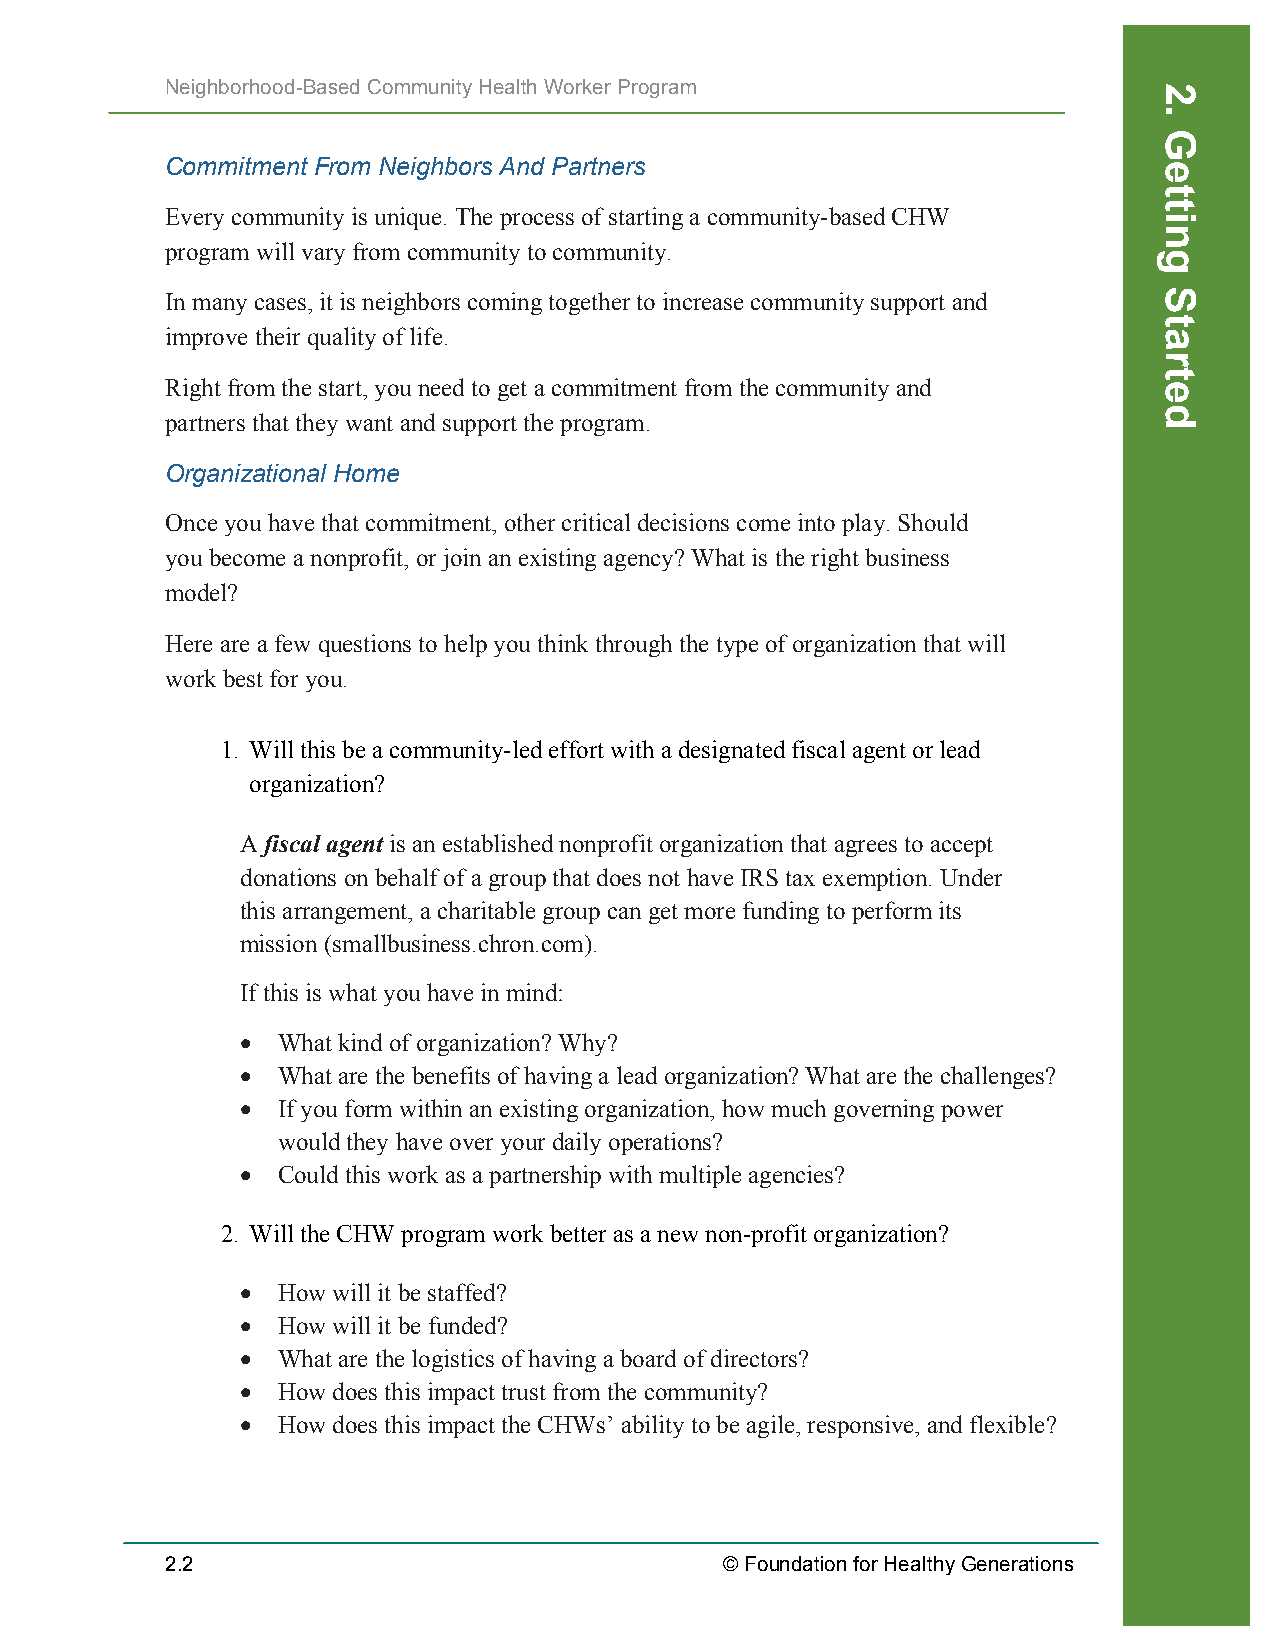
Neighborhood-Based Community Health Worker Program
 Commitment From Neighbors And Partners
 Every community is unique. The process of starting a community-based CHW
 program will vary from community to community.
 In many cases, it is neighbors coming together to increase community support and
 improve their quality of life.
 Right from the start, you need to get a commitment from the community and
 partners that they want and support the program.
 Organizational Home
 Once you have that commitment, other critical decisions come into play. Should
 you become a nonprofit, or join an existing agency? What is the right business
 model?
 Here are a few questions to help you think through the type of organization that will
 work best for you.
 1. Will this be a community-led effort with a designated fiscal agent or lead
 organization?
 A fiscal agent is an established nonprofit organization that agrees to accept
 donations on behalf of a group that does not have IRS tax exemption. Under
 this arrangement, a charitable group can get more funding to perform its
 mission (smallbusiness.chron.com).
 If this is what you have in mind:
 • What kind of organization? Why?
 • What are the benefits of having a lead organization? What are the challenges?
 • If you form within an existing organization, how much governing power
 would they have over your daily operations?
 • Could this work as a partnership with multiple agencies?
 2. Will the CHW program work better as a new non-profit organization?
 • How will it be staffed?
 • How will it be funded?
 • What are the logistics of having a board of directors?
 • How does this impact trust from the community?
 • How does this impact the CHWs’ ability to be agile, responsive, and flexible?
 2.2                                  © Foundation for Healthy Generations
 Recruiting
 2.
 Getting
 Started